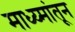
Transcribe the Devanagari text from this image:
माध्य्मांतून